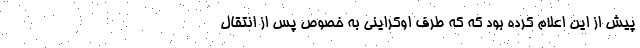
پیش از این اعلام کرده بود که که طرف اوکراینی به خصوص پس از انتقال